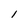
Character: l